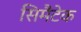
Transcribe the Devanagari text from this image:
सिमैंटेक